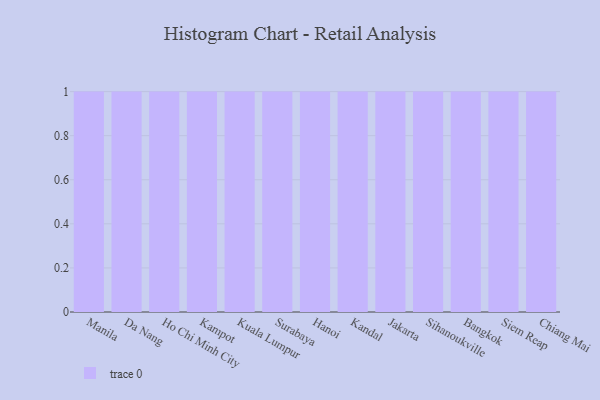
{"axis": {"x": "City", "y": "Headcount"}, "legend": [""], "data": [{"x": "Manila", "y": 89, "type": ""}, {"x": "Da Nang", "y": 37, "type": ""}, {"x": "Ho Chi Minh City", "y": 64, "type": ""}, {"x": "Kampot", "y": 17, "type": ""}, {"x": "Kuala Lumpur", "y": 32, "type": ""}, {"x": "Surabaya", "y": 72, "type": ""}, {"x": "Hanoi", "y": 24, "type": ""}, {"x": "Kandal", "y": 27, "type": ""}, {"x": "Jakarta", "y": 66, "type": ""}, {"x": "Sihanoukville", "y": 57, "type": ""}, {"x": "Bangkok", "y": 81, "type": ""}, {"x": "Siem Reap", "y": 87, "type": ""}, {"x": "Chiang Mai", "y": 53, "type": ""}]}